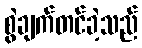
စွဲချက်တင်ခဲ့သည်